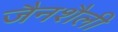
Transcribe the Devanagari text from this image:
जैनशैली